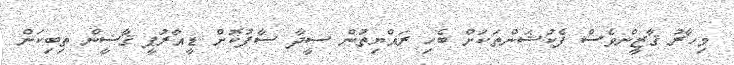
މިހާރު ޤާޒީންވެސް ފެކުޝަންތަކަށް ބެހި ރައްޔިތުން ސީދާ ސާފުކޮށް ޑީއާރުޕީ ޤާޟީން ތިބިކަން